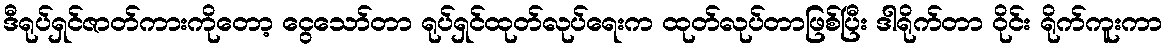
ဒီရုပ်ရှင်ဇာတ်ကားကိုတော့ ငွေသော်တာ ရုပ်ရှင်ထုတ်လုပ်ရေးက ထုတ်လုပ်တာဖြစ်ပြီး ဒါရိုက်တာ ဝိုင်း ရိုက်ကူးကာ